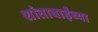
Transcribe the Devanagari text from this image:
शांताबाईंच्या